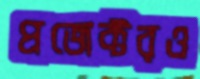
প্রজেক্টরও